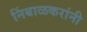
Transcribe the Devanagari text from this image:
निंबाळकरांनी